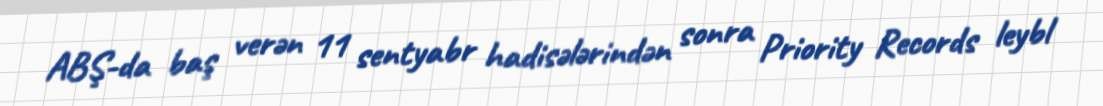
ABŞ-da baş verən 11 sentyabr hadisələrindən sonra Priority Records leybl